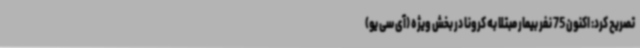
تصریح کرد: اکنون 75 نفر بیمار مبتلا به کرونا در بخش ویژه (آی سی یو)